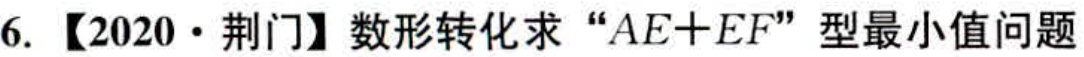
6. 【2020·荆门】数形转化求 “\(AE + EF\)” 型最小值问题